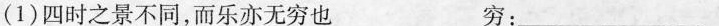
(1)四时之景不同，而乐亦无穷也 穷：___